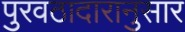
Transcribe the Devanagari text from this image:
पुरवठादारानुसार